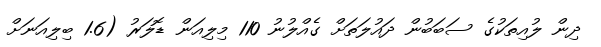
ދިން ލުއިތަކުގެ ސަބަބުން ދައުލަތަށް ގެއްލުނު 110 މިލިއަން ޑޮލަރު (1.6 ބިލިއަނަށް